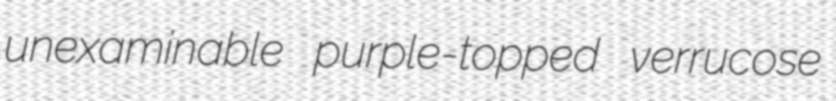
unexaminable purple-topped verrucose